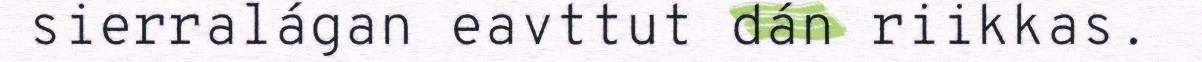
sierralágan eavttut dán riikkas.